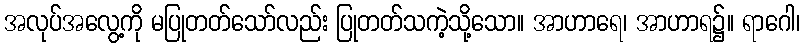
အလုပ်အလွေ့ကို မပြုတတ်သော်လည်း ပြုတတ်သကဲ့သို့သော။ အာဟာရေ၊ အာဟာရ၌။ ရာဂေါ၊